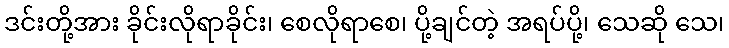
ဒင်းတို့အား ခိုင်းလိုရာခိုင်း၊ စေလိုရာစေ၊ ပို့ချင်တဲ့ အရပ်ပို့၊ သေဆို သေ၊